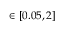
\in [ 0 . 0 5 , 2 ]